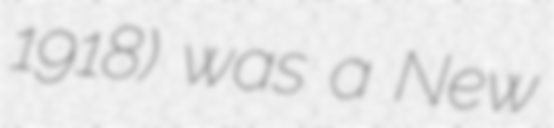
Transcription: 1918) was a New